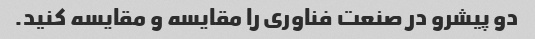
دو پیشرو در صنعت فناوری را مقایسه و مقایسه کنید.